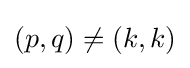
(p,q)\neq (k,k)